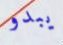
يبدو